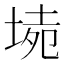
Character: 𡍡